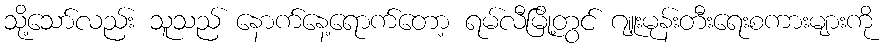
သို့သော်လည်း သူသည် နောက်နေ့ရောက်တော့ ရမ်လီမြို့တွင် ဂျူးမုန်းတီးရေးစကားများကို